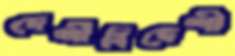
দেশীবিদেশী